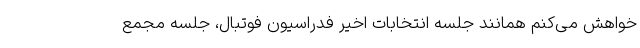
خواهش می‌کنم همانند جلسه انتخابات اخیر فدراسیون فوتبال، جلسه مجمع